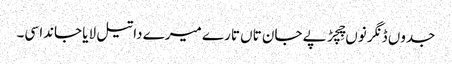
جدوں ڈنگر نوں چِچڑ پے جان تاں تارے میرے دا تیل لایا جاندا سی۔